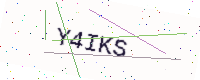
Text: Y4IKS